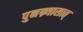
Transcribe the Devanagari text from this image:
पुनन्र्यासात्